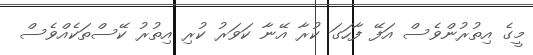
މީގެ އިތުރުންވެސް އަފޭ ފާހަގަ ކުރާ އޭނާ ކަވަރު ކުރި އިތުރު ކޭސްތަކެއްވެސް